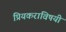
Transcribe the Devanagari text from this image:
प्रियकराविषयी